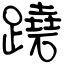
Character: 蹺